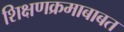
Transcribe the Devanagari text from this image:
शिक्षणक्रमाबाबत